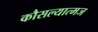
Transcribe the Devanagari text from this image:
कौसल्यात्मज